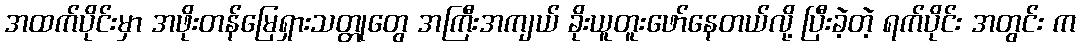
အထက်ပိုင်းမှာ အဖိုးတန်မြေရှားသတ္တုတွေ အကြီးအကျယ် ခိုးယူတူးဖော်နေတယ်လို့ ပြီးခဲ့တဲ့ ရက်ပိုင်း အတွင်း က